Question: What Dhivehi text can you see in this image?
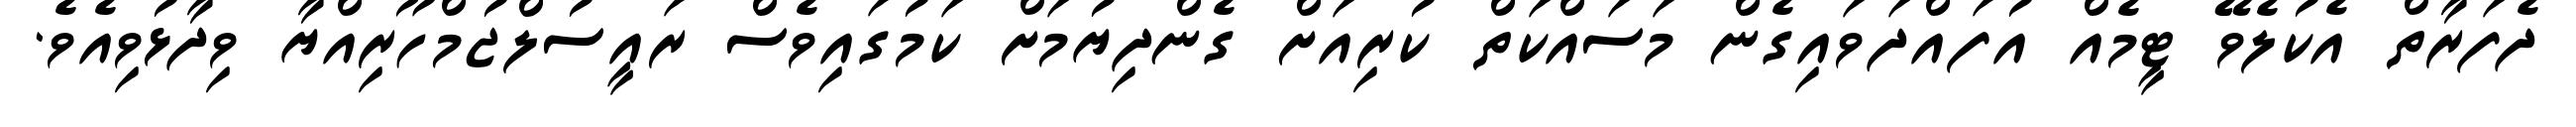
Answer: ދެފަރާތް އެކުލެވޭ ޓީމެއް އުފައްދަވައިގެން މަސައްކަތް ކުރިއަށް ގެންދިޔުމަށް ކަމުގައިވެސް ރައީސުލްޖުމްހޫރިއްޔާ ވިދާޅުވިއެވެ.